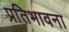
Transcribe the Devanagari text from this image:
प्रतिभावना